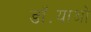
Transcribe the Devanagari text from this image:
डॉ॰याओ